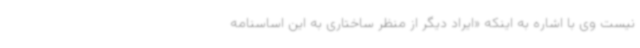
نیست وی با اشاره به اینکه «ایراد دیگر از منظر ساختاری به این اساسنامه